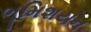
ભૂમિશયન